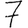
Digit: 7